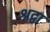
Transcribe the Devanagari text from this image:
श्रद्वा